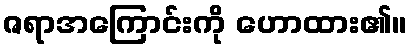
ဇရာအကြောင်းကို ဟောထား၏။